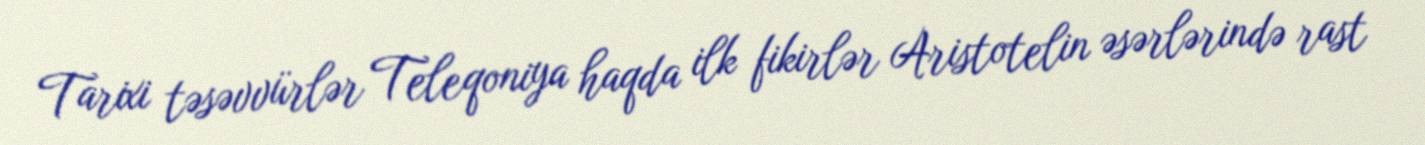
Tarixi təsəvvürlər Teleqoniya haqda ilk fikirlər Aristotelin əsərlərində rast